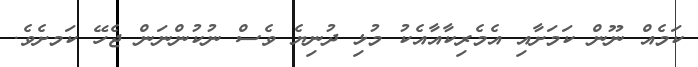
ކަމެއް ނޫން ކަމަށާއި އެމެރިކާއާއެކު މުޅި ދުނިޔެ ވެސް ނުކުންނަން ޖެހޭ ކަަމށެވެ.